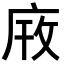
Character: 𫷫